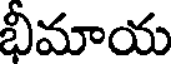
భీమాయ